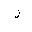
Letter: _lam